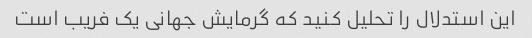
این استدلال را تحلیل کنید که گرمایش جهانی یک فریب است